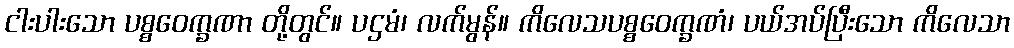
ငါးပါးသော ပစ္စဝေက္ခဏာ တို့တွင်။ ပဌမံ၊ လက်မွန်။ ကိလေသပစ္စဝေက္ခဏံ၊ ပယ်အပ်ပြီးသော ကိလေသာ